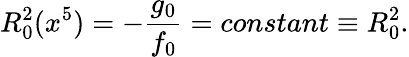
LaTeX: R_{0}^{2}(x^{5})=-\frac{g_{0}}{f_{0}}=constant\equiv R_{0}^{2}.